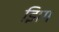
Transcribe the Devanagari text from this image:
झिग